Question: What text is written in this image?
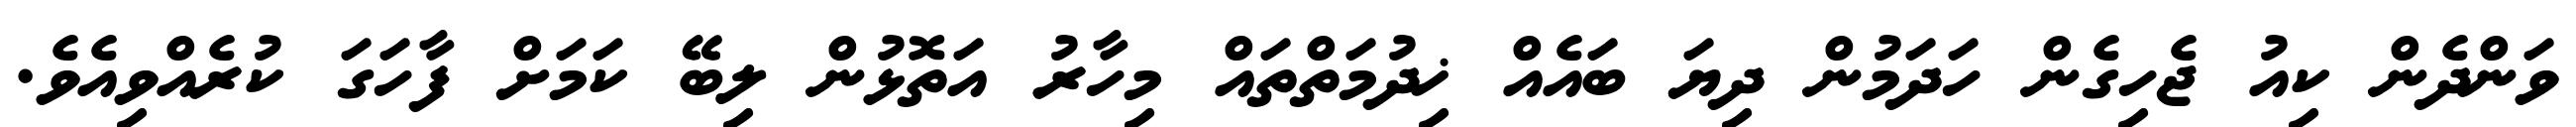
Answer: ވަންދެން ކިއު ޖެހިގެން ހަދަމުން ދިޔަ ބައެއް ޚިދުމަތްތައް މިހާރު އަތޮޅުން ލިބޭ ކަމަށް ފާހަގަ ކުރެއްވިއެވެ.